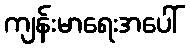
ကျန်းမာရေးအပေါ်